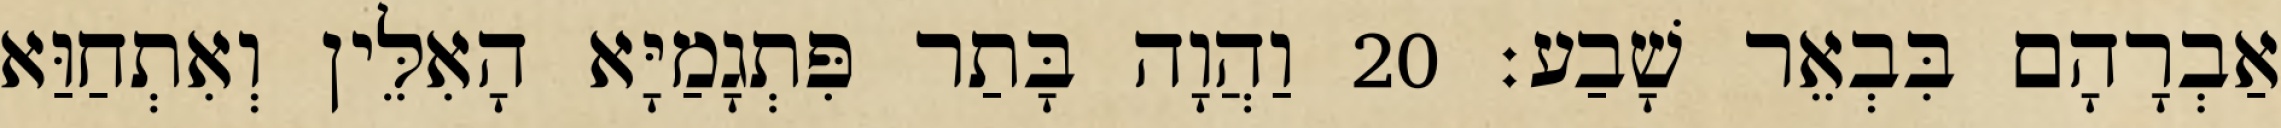
אַבְרָהָם בִּבְאֵר שָׁבַע׃ 20 וַהֲוָה בָּתַר פִּתְגָמַיָּא הָאִלֵּין וְאִתְחַוַּא